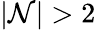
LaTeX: |\mathcal{N}|>2